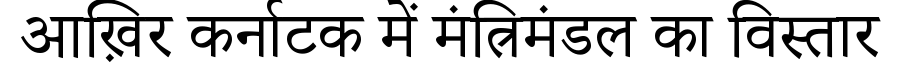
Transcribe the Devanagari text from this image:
आख़िर कर्नाटक में मंत्रिमंडल का विस्तार